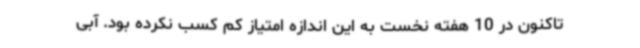
تاکنون در 10 هفته نخست به این اندازه امتیاز کم کسب نکرده بود. آبی